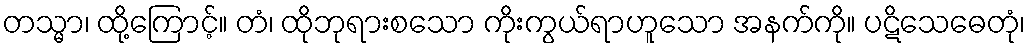
တသ္မာ၊ ထို့ကြောင့်။ တံ၊ ထိုဘုရားစသော ကိုးကွယ်ရာဟူသော အနက်ကို။ ပဋိသေဓေတုံ၊